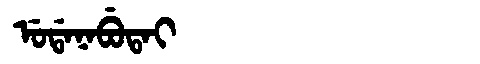
Manchu: ᡠᡩᠠᠨᠠᠪᡠᡨᠠᡳ
Romanization: UDANABUTAI